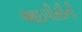
આઇપીસીની